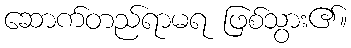
ဆောက်တည်ရာမရ ဖြစ်သွား၏။